Newspaper: The Londonderry sifter.
Place of publication: South Londonderry, Vt.
Publisher: Sifter John
Date: 1890-08-28 00:00:00
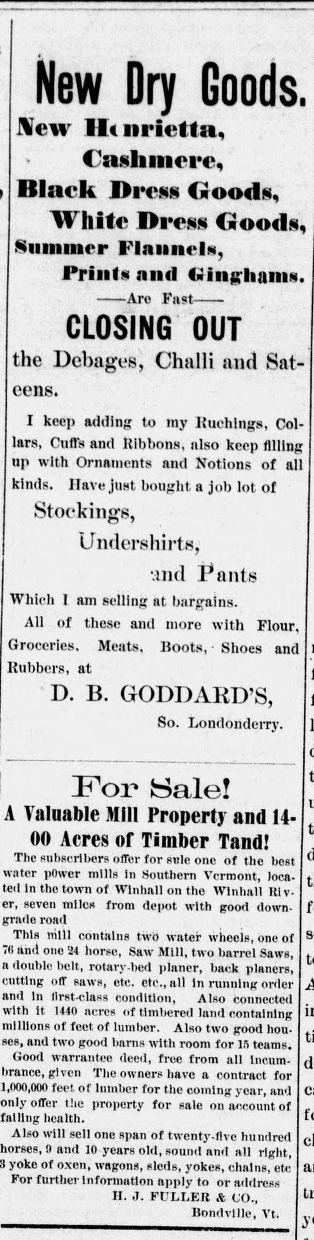
Advertisement text (OCR):
New Dry Goods. JVew Henrietta, Cashmere, Blaek Dress Goods, White Dress Goods, Slimmer Flannels, Prints nnd Ginghams. Are Fast CLOSING OUT the Debages, Challi and Sateens. I keep adding to my Uuchlngs, Col lars, Cuffs and Ribbons, nlso keep filling up with Ornaments and Notions of all kinds. IlavejUHt bought a lob lot of Stockings, Undershirts, Mud ants Which 1 am selling at bargains. Ail or these and more with Flnnr Groceries. Meats, Boots, Rubbers, at D. B. GODDARD'S, So. Londonderry. Shoes and For Sale! A Valuable Mill Property and 14 00 Acres of Timber Tanrlf The subscribers offer for sttle one of the best nuicr puwer mms in notitnern Vermont, loca. ted in the town of Winhall on the Winhall Rly. er, seven miles from depot with good down- grade road This nilll contains twb water wheels, one of o ana one 24 horse, Saw Mill, two barrel Saws. K a double belt, rotavy-bed planer, back cutting off saws, etc. etc., all in running order I and In first-class condition. Also connect.! with it 1440 acres of timbered land containing millions of feet of lumber. Also two good hou- ses, and two good barns with room for 15 teams. warrantee ueeu, rroe irom all mcum. brance,glvcn The owners have a contract for 1 ftno eon fw r .1 .,.m1Vw , tumuer lur nie coining year, ana offer the property for sale on account of I , failing health. Also will sell one span of twenty flve hundred rses, 9 and 10 years old, sound and all right. ana in years old, sound and all right yoke of oxen, wagons, sleds, yokes, chains, etc For further Information apply to or address H. J. FULLER & CO., Bondvllle, Vt.
Label: text-only